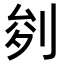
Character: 𭃧